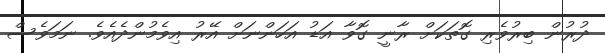
ދުރުން ބިރުވެރި ގޮތަކަށް ރާނީ ގޮވާ އަޑު އަހަންނަށް އޭރު އިވެމުންދެއެވެ. ނަމަވެސް